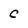
Character: c